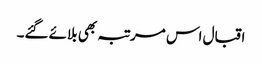
اقبال اس مرتبہ بھی بلائے گئے۔